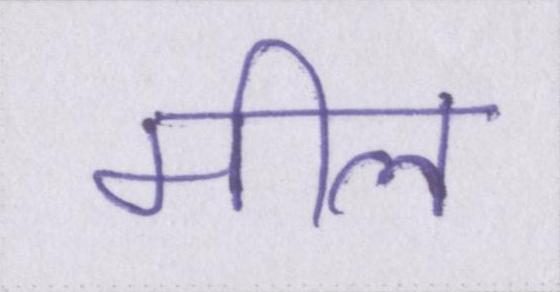
मील